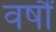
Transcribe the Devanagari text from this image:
वर्षौं